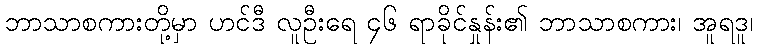
ဘာသာစကားတို့မှာ ဟင်ဒီ လူဦးရေ ၄၆ ရာခိုင်နှုန်း၏ ဘာသာစကား၊ အူရဒူ၊